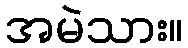
အမဲသား။